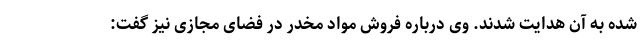
شده به آن هدایت شدند. وی درباره فروش مواد مخدر در فضای مجازی نیز گفت: